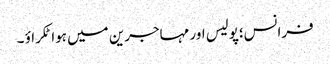
فرانس؛پولیس اور مہاجرین میں ہوا ٹکراؤ ۔